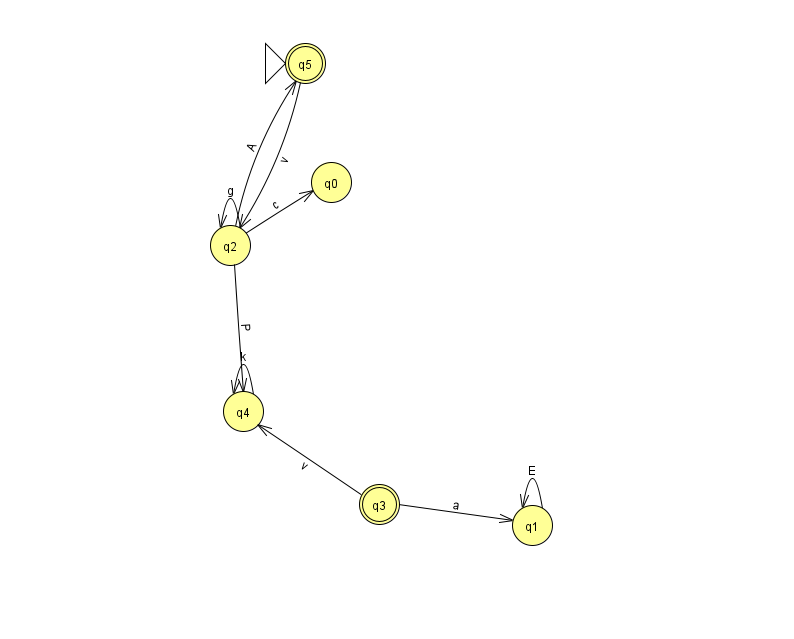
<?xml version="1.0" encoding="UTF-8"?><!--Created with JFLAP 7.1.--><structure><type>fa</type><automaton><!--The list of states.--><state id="0" name="q0"><x>331.0</x><y>169.0</y></state><state id="1" name="q1"><x>532.0</x><y>512.0</y></state><state id="2" name="q2"><x>230.0</x><y>232.0</y></state><state id="3" name="q3"><x>379.0</x><y>491.0</y><final/></state><state id="4" name="q4"><x>243.0</x><y>398.0</y></state><state id="5" name="q5"><x>305.0</x><y>50.0</y><initial/><final/></state><!--The list of transitions.--><transition><from>2</from><to>4</to><read>P</read></transition><transition><from>3</from><to>1</to><read>a</read></transition><transition><from>1</from><to>1</to><read>E</read></transition><transition><from>2</from><to>2</to><read>g</read></transition><transition><from>2</from><to>0</to><read>c</read></transition><transition><from>2</from><to>5</to><read>A</read></transition><transition><from>4</from><to>4</to><read>k</read></transition><transition><from>3</from><to>4</to><read>v</read></transition><transition><from>5</from><to>2</to><read>v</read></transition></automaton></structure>